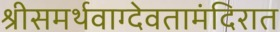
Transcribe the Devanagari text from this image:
श्रीसमर्थवाग्देवतामंदिरात